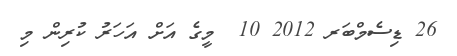
26 ޑިސެމްބަރ 2012 10  މީގެ އަށް އަހަރު ކުރިން މި